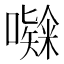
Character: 𭋸